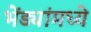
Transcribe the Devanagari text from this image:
भेंड्यांमध्ये